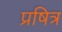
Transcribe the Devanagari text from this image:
प्रषित्र